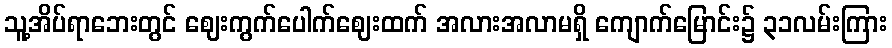
သူ့အိပ်ရာဘေးတွင် ဈေးကွက်ပေါက်ဈေးထက် အလားအလာမရှိ ကျောက်မြောင်း၌ ၃၁လမ်းကြား